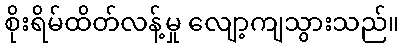
စိုးရိမ်ထိတ်လန့်မှု လျော့ကျသွားသည်။